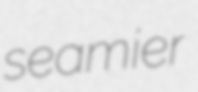
seamier